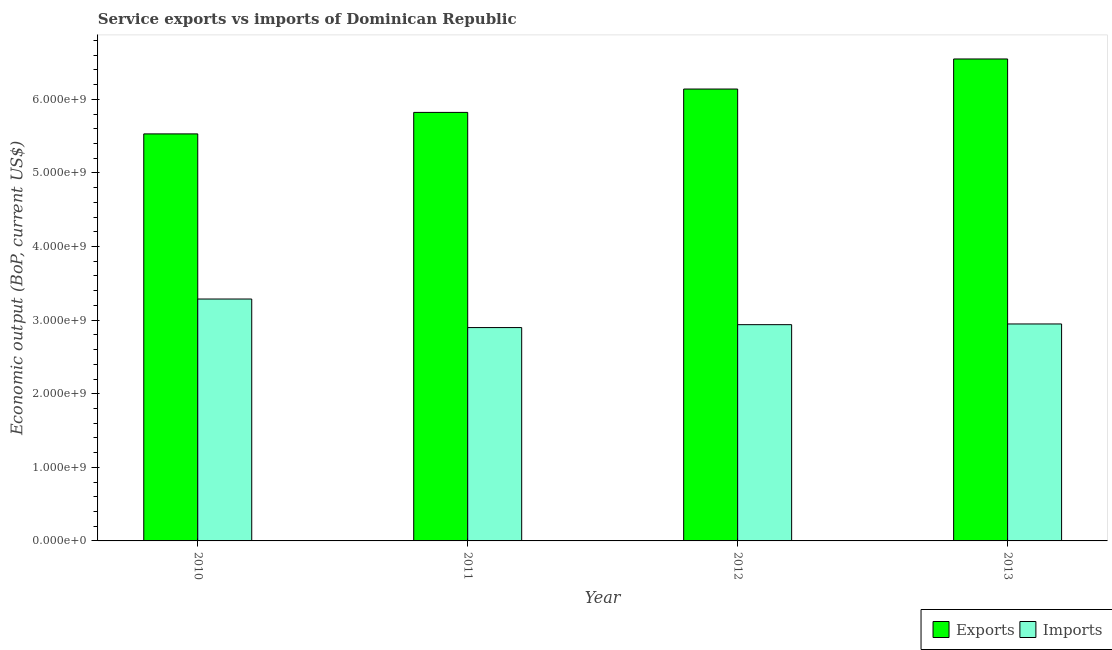
| Year | Exports | Imports |
 | --- | --- | --- |
 | 2010 | 5.53e+09 | 3.29e+09 |
 | 2011 | 5.82e+09 | 2.9e+09 |
 | 2012 | 6.14e+09 | 2.94e+09 |
 | 2013 | 6.55e+09 | 2.95e+09 |